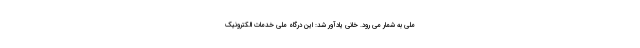
ملی به شمار می رود. خانی یادآور شد: این درگاه ملی خدمات الکترونیک